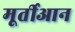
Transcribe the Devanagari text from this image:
मूर्तीआन